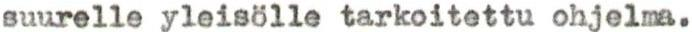
suurelle yleisölle tarkoitettu ohjelma.